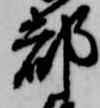
都